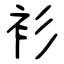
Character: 衫